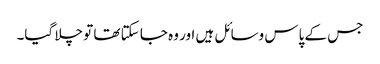
جس کے پاس وسائل ہیں اور وہ جا سکتا تھا تو چلا گیا۔